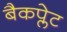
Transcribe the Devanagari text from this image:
बैकप्लेट